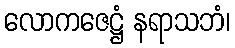
လောကဇေဋ္ဌံ နရာသဘံ၊